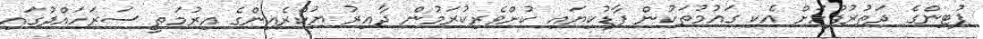
ޕުޓިންގެ ދަތުރުފުޅަށް އެކި ގައުމުތަކުން ފާޑުކިޔައި ކުށްވެރިކުރަމުން ދާއިރު ޔުކްރެއިންގެ އިރުމަތީ ސަރަހައްދުގައި